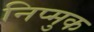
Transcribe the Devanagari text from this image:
निप्मुक